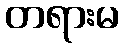
တရားမ